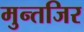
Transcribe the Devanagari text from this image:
मुन्तजिर